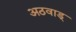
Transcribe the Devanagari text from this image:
अठवाड्